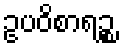
ဥပဝိစာရဉ္စ